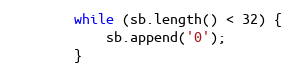
Language: Java
        while (sb.length() < 32) {
            sb.append('0');
        }